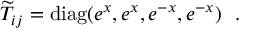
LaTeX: { \widetilde T } _ { i j } = \mathrm { d i a g } ( e ^ { x } , e ^ { x } , e ^ { - x } , e ^ { - x } ) ~ ~ .